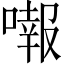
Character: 𠾷